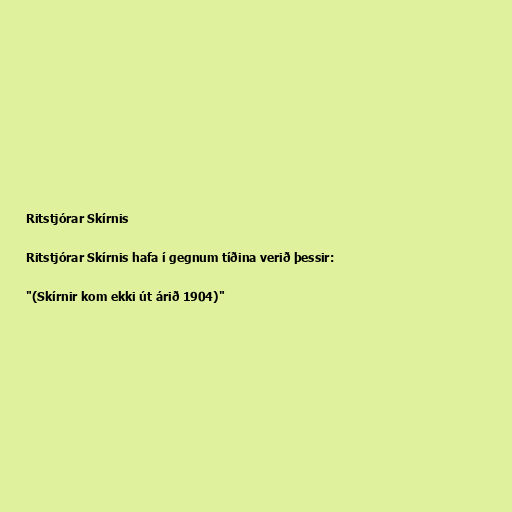
Ritstjórar Skírnis

Ritstjórar Skírnis hafa í gegnum tíðina verið þessir:

"(Skírnir kom ekki út árið 1904)"